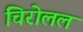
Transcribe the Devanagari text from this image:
चिरोलल